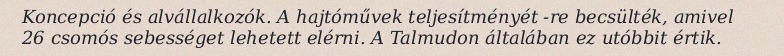
Koncepció és alvállalkozók. A hajtóművek teljesítményét -re becsülték, amivel 26 csomós sebességet lehetett elérni. A Talmudon általában ez utóbbit értik.